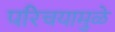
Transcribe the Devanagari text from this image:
परिचयामुळे